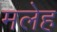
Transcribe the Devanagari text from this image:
मलेह